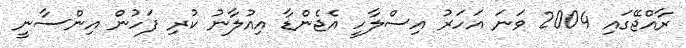
ރާއްޖޭގައި 2004 ވަނަ އަހަރު އިސްލާހީ އެޖެންޑާ އިއުލާނު ކުރި ފަހުން އިންސާނީ